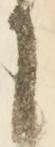
に